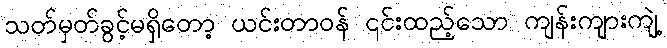
သတ်မှတ်ခွင့်မရှိတော့ ယင်းတာဝန် ၎င်းထည့်သော ကျန်းကျားကျဲ့